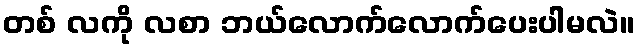
တစ် လကို လစာ ဘယ်လောက်လောက်ပေးပါမလဲ။